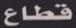
قطاع